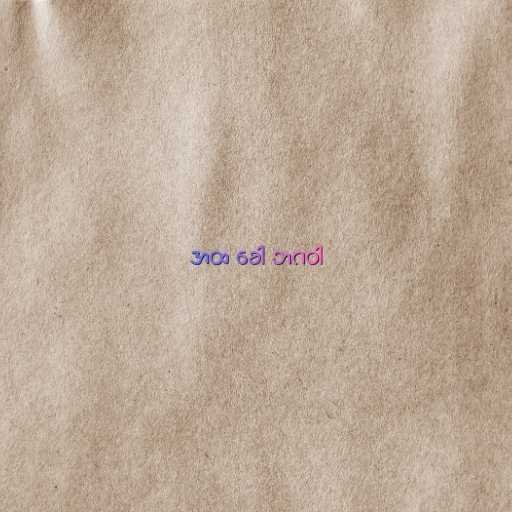
အထ ခေါ ဘဂဝါ